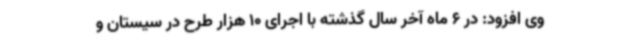
وی افزود: در 6 ماه آخر سال گذشته با اجرای 10 هزار طرح در سیستان و